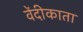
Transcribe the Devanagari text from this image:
वेंदीकाता